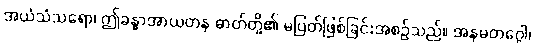
အယံသံသရော၊ ဤခန္ဓာအာယတန ဓာတ်တို့၏ မပြတ်ဖြစ်ခြင်းအစဉ်သည်။ အနမတဂ္ဂေါ၊